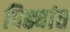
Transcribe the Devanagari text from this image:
पिढ्यांत